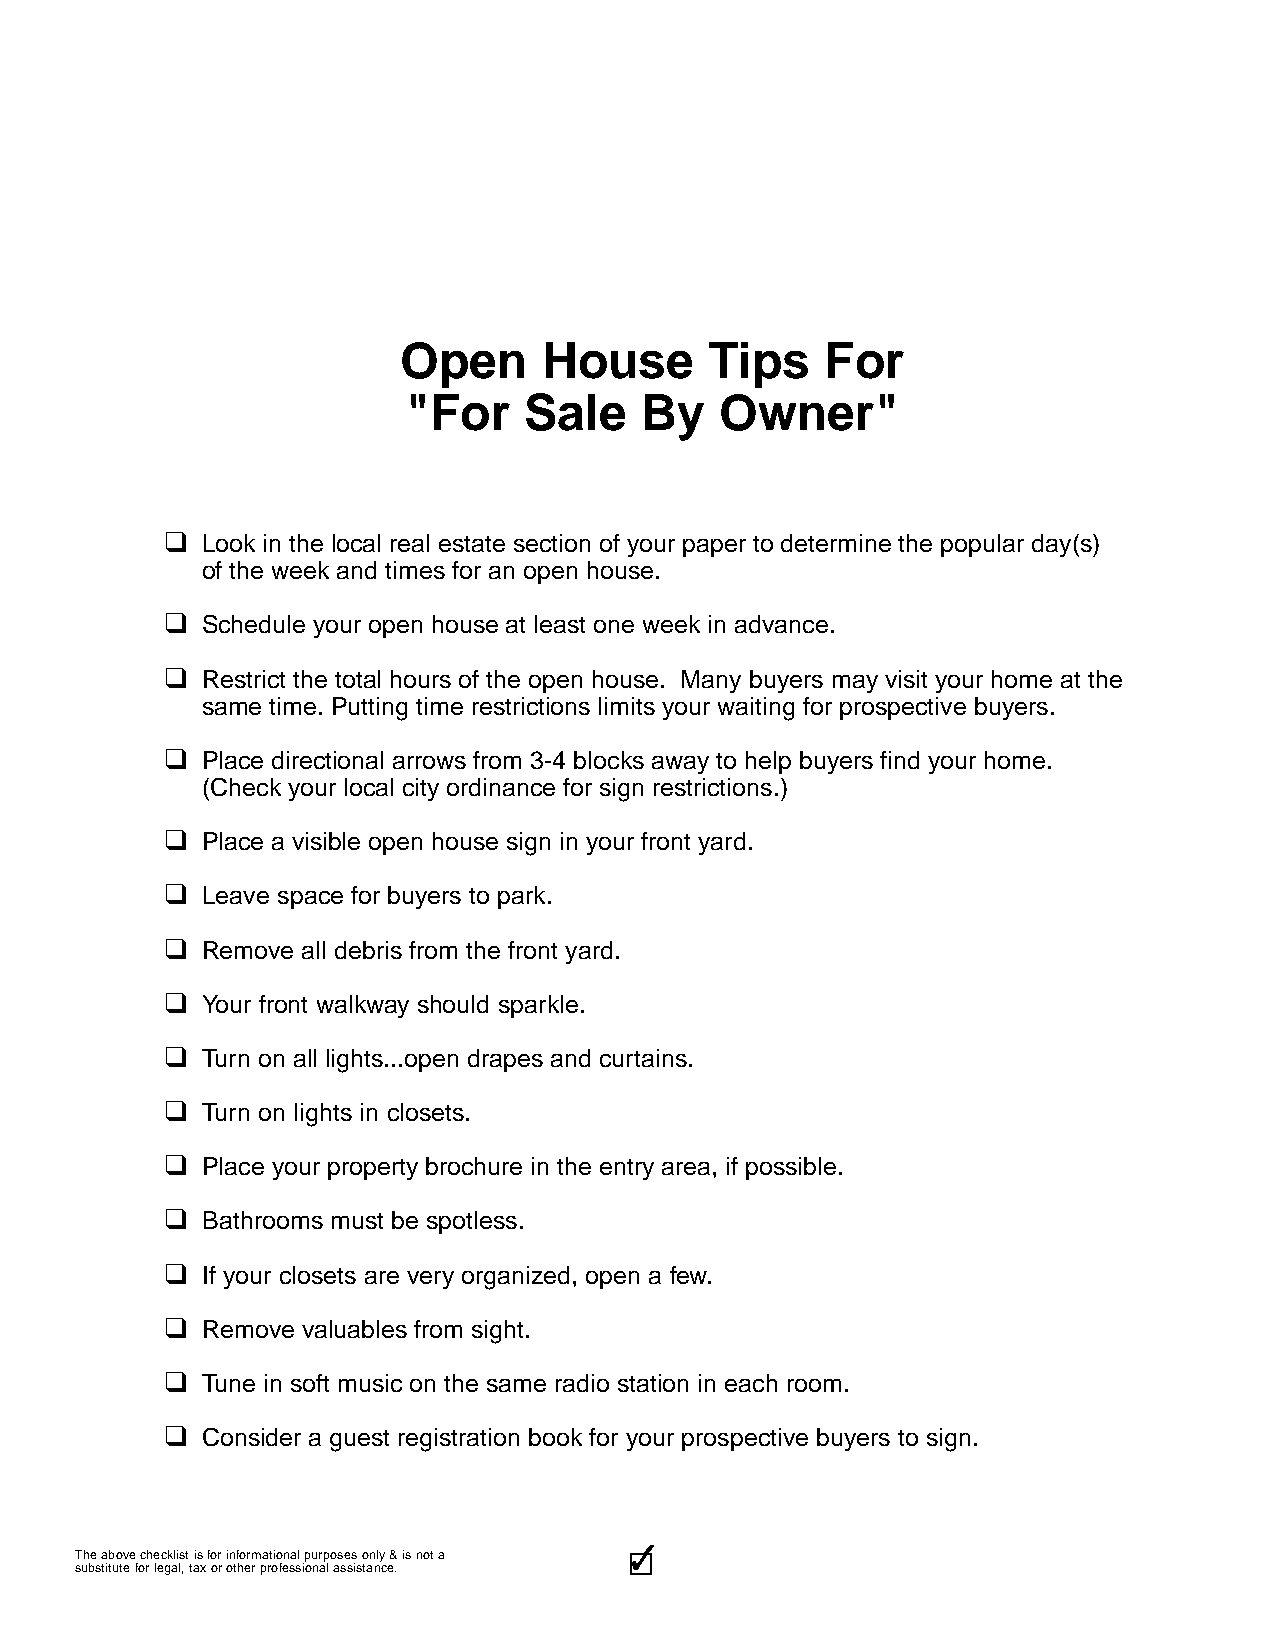
Open      House      Tips    For
 "For    Sale   By    Owner"
 q
 Look in the local real estate section of your paper to determine the popular day(s)
 of the week and times for an open house.
 q
 Schedule your open house at least one week in advance.
 q
 Restrict the total hours of the open house. Many buyers may visit your home at the
 same time. Putting time restrictions limits your waiting for prospective buyers.
 q
 Place directional arrows from 3-4 blocks away to help buyers find your home.
 (Check your local city ordinance for sign restrictions.)
 q
 Place a visible open house sign in your front yard.
 q
 Leave space for buyers to park.
 q
 Remove all debris from the front yard.
 q
 Your front walkway should sparkle.
 q
 Turn on all lights...open drapes and curtains.
 q
 Turn on lights in closets.
 q
 Place your property brochure in the entry area, if possible.
 q
 Bathrooms must be spotless.
 q
 If your closets are very organized, open a few.
 q
 Remove valuables from sight.
 q
 Tune in soft music on the same radio station in each room.
 q
 Consider a guest registration book for your prospective buyers to sign.
 3333333333
 The above checklist is for informational purposes only & is not a
 substitute for legal, tax or other professional assistance.